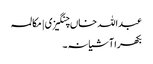
عبداللہ خاں چنگیزی | مکالمہ
بکھرا آشیانہ۔